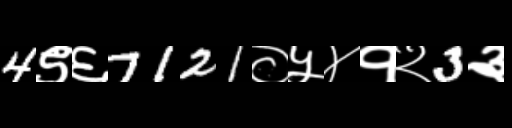
Text: 4९६7121०५४१२3३